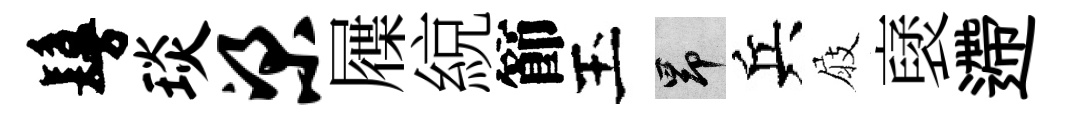
鬘琰梁屧綂節玉昂兵屐裦遰